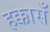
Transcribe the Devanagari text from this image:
हक्कासँ